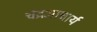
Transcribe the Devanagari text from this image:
चंद्रआचार्य